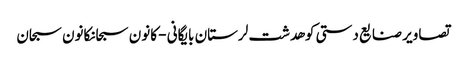
تصاویر صنایع دستی کوهدشت لرستان بایگانی - کانون سبحانکانون سبحان